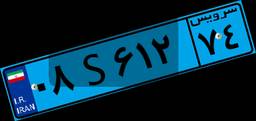
۰۸S۶۱۲۷۴